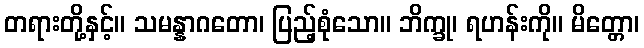
တရားတို့နှင့်။ သမန္နာဂတော၊ ပြည့်စုံသော။ ဘိက္ခု၊ ရဟန်းကို။ မိတ္တော၊